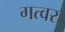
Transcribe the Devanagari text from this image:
गत्वर